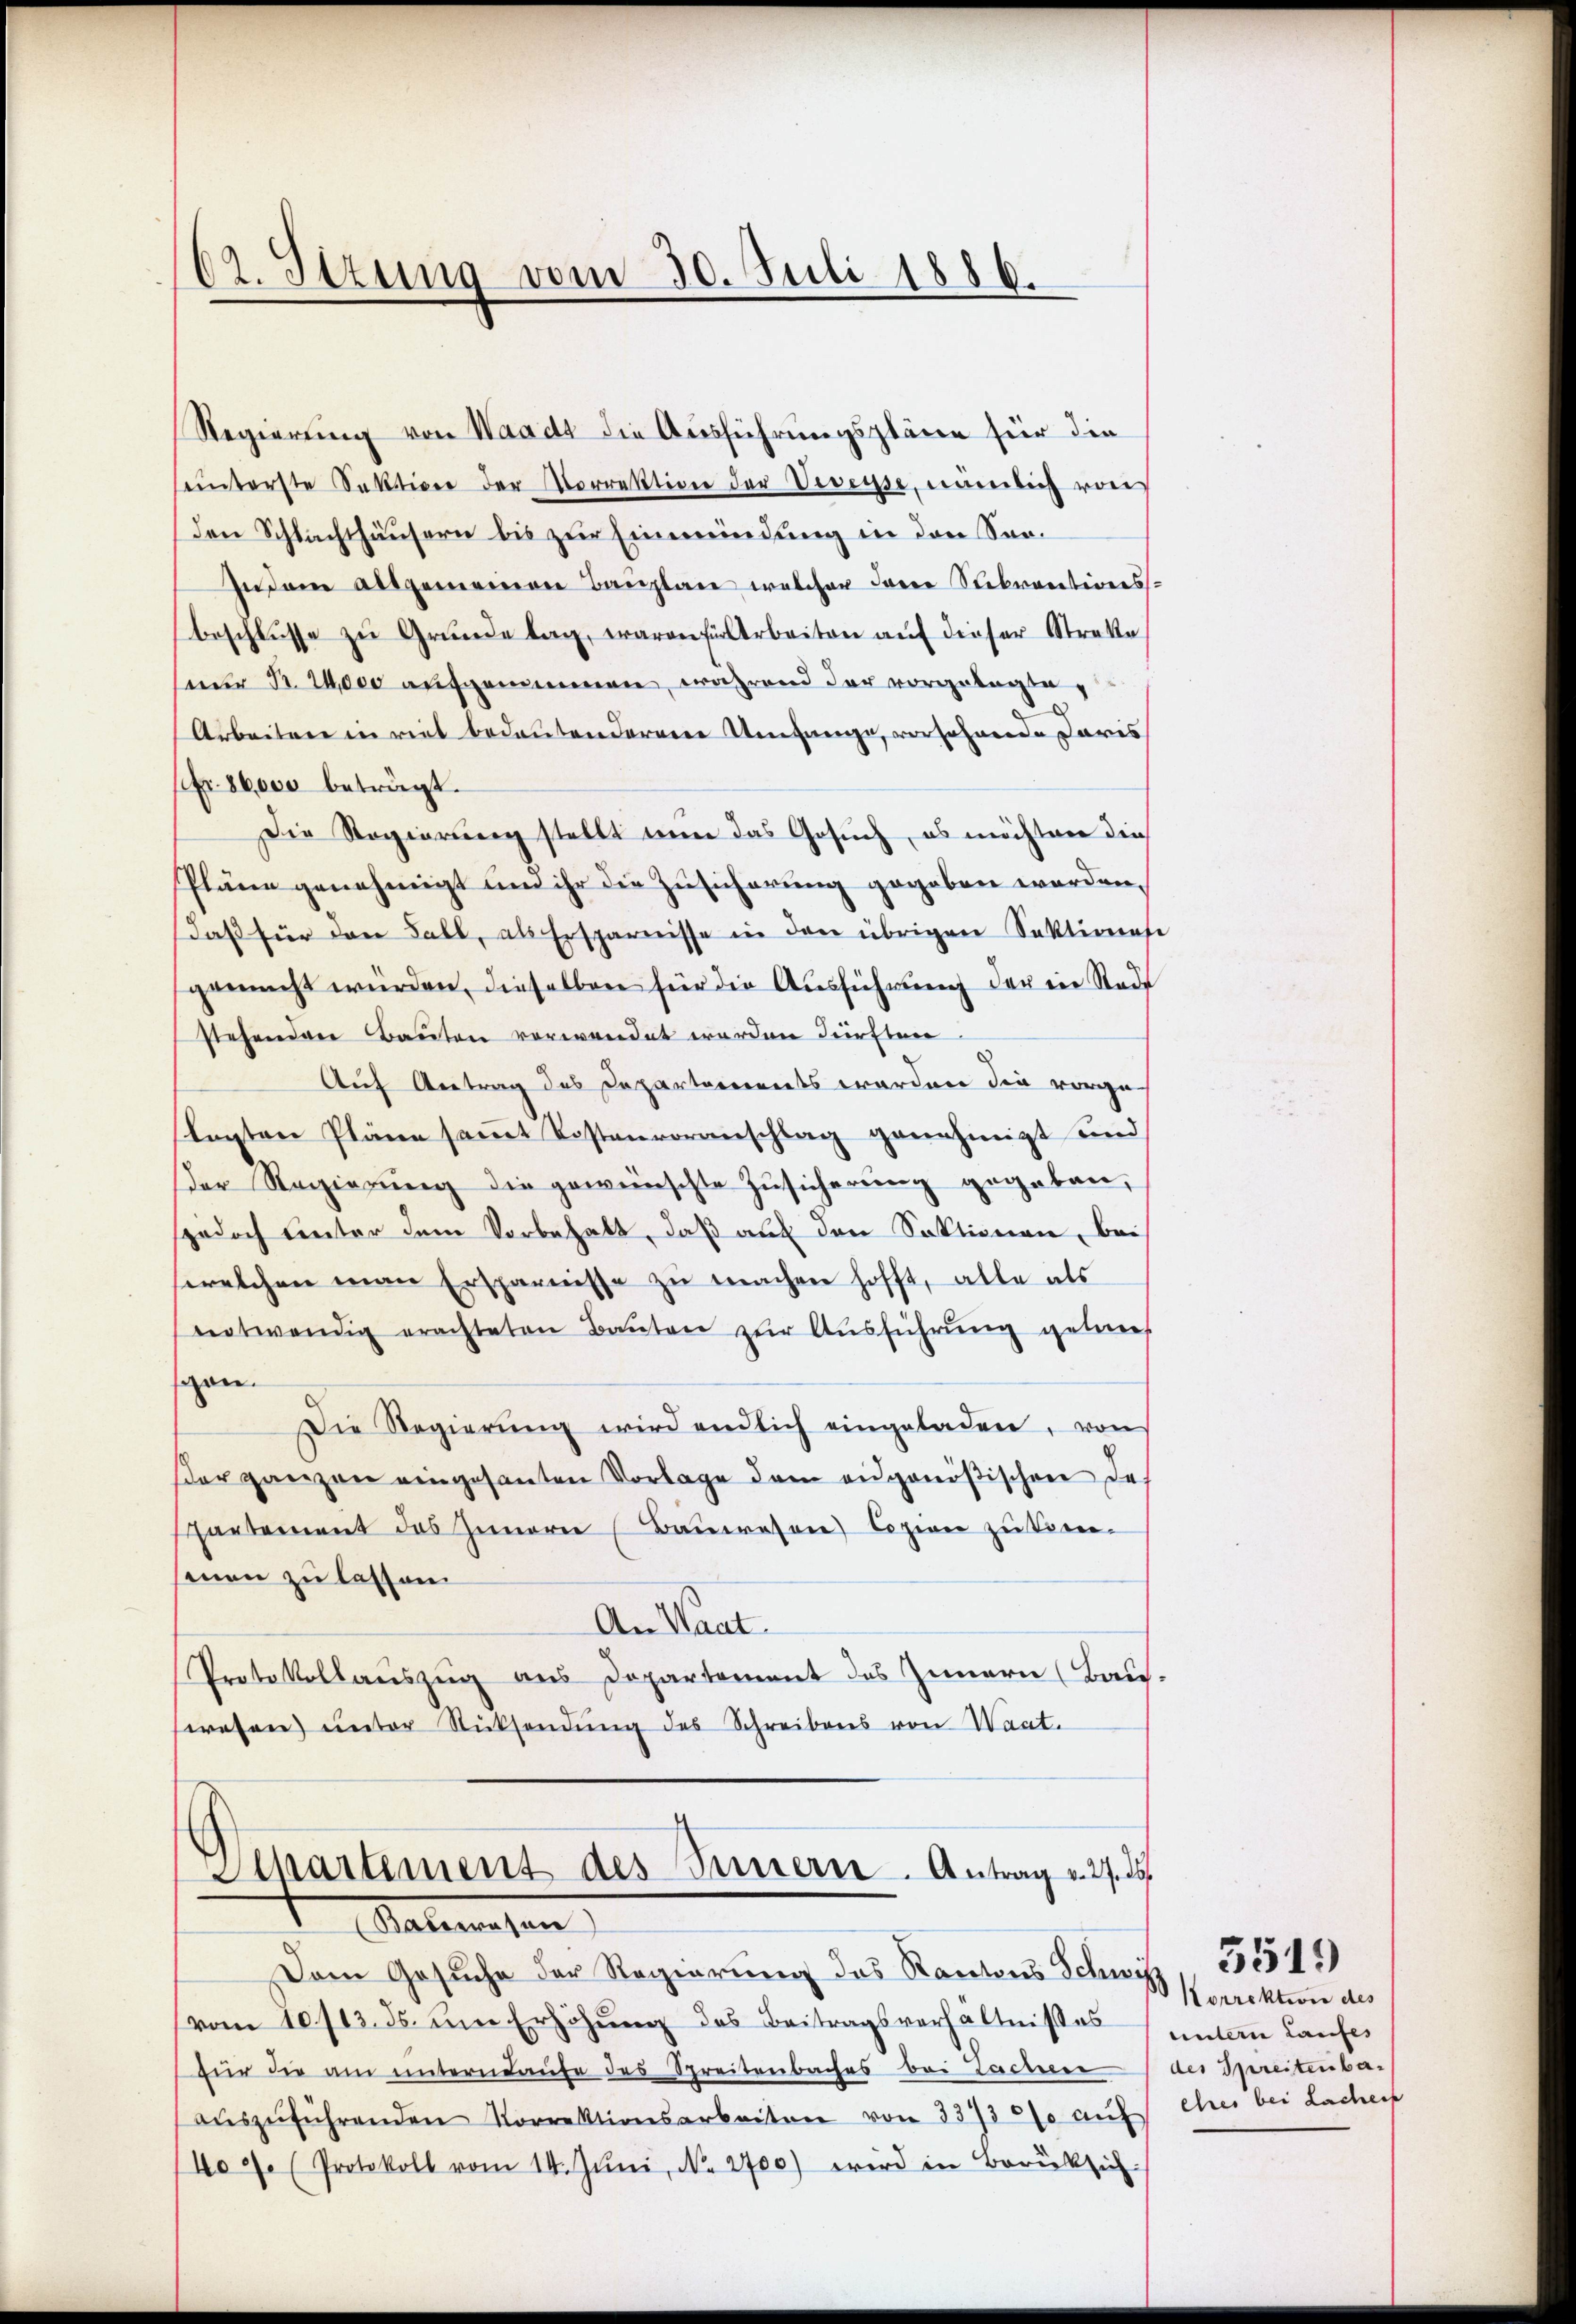
62. Stzung vom 30. Juli 1886.

Regierung von Waadt die Ausführungspläne für die
einterste Sektiver der Korrektion der Veveyse, nämlich von
Den Schlachthäusern bis zur Einmündung in den Sen¬
In dem allgemeinen Bauplan welcher dene Subventionsbeschlüsse zu Grunde lag, waren für Arbeiten auf dieser Streke
seder Fr. 24000 aufgenommen, während der vorgelegte,
Arbeitere in viel bedeutenderen Umfange, verfahrende Caris
fr. 86000 beträgt.
Die Regierung stellt nun das Gesuch, es möchten die
Pläne genehmigt um ihr die Zusicherung gegeben worden.
daβ für den Fall, als Ersparnisse in den übrigen Sektionese
gemacht würden, dieselben für die Ausführung der ein Stade
stehenden Bauten verwendet werden dürften.
Auf Antrag des Departereinets werden die vorge-
lagten Pläne saṁt Kostenvoranschlag genehmigt und
der Regierung die gewünschte Zusicherung gegeben,
sjedoch unter dem Vorbehalt, daß auf den Sektionen, bei
welchen man Ersparnisse zu machen hofft, alle als
nntwendig erachteten Baŭten zŭr Aŭsführung getref
gan.
Die Regierŭng wird endlich eingeladen, von
er ganzen eingesanten Vorlage dem eidgenößischen das
hartement das Innern Baŭwesen Copier zu kom-
senen zu lassen
An Staat
Protokollauszug aus Departement des Innern (Bau-
wesen unter Rücksendung des Schreibens von Waat.

Separtement des Innern. Antrag v. 27. 25
Salemachen

Dem Gesŭche der Regierŭng des Kantons Schwitz, 354.
vom 10/13. ds. um Erhöhung des Beitragsverhältnisses
für die am unternbaute das Spreitenbaches bei Tachen (der Spreitenba
aŭszŭführenden Vorrektionsarbeiten von 3373 % auf ehrer bei Lachen
4.7. (Protokoll vom 14. Juni, No. 2700) wird in Berücksich

Korrektion des
untern Laufes